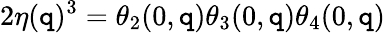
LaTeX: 2\eta(\mathtt{q})^{3}=\theta_{2}(0,\mathtt{q})\theta_{3}(0,\mathtt{q})\theta_{4}(0,\mathtt{q})